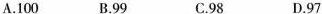
A.100 B.99 C.98 D.97